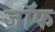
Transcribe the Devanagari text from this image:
ज़ॉफ